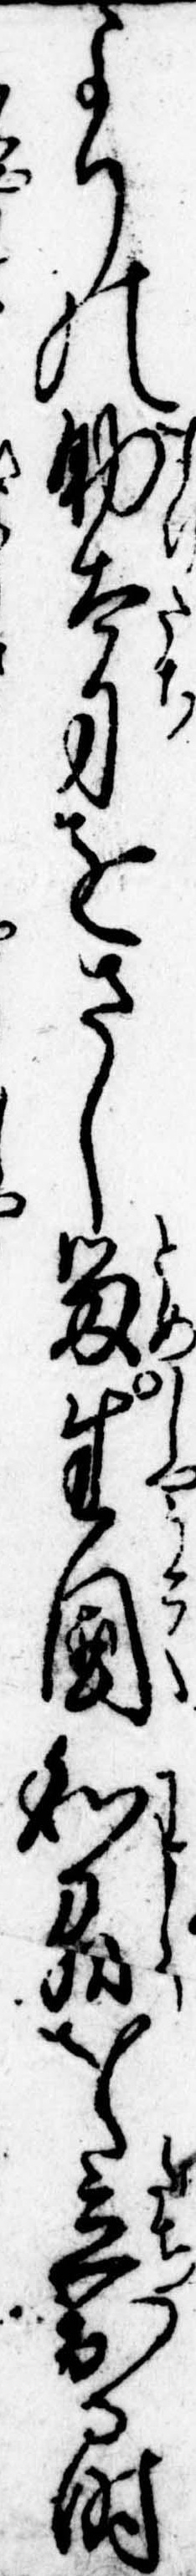
よりの助太刀をさし留生国和刕を立出る時